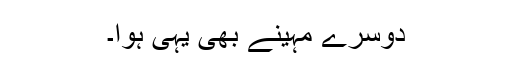
دوسرے مہینے بھی یہی ہوا۔